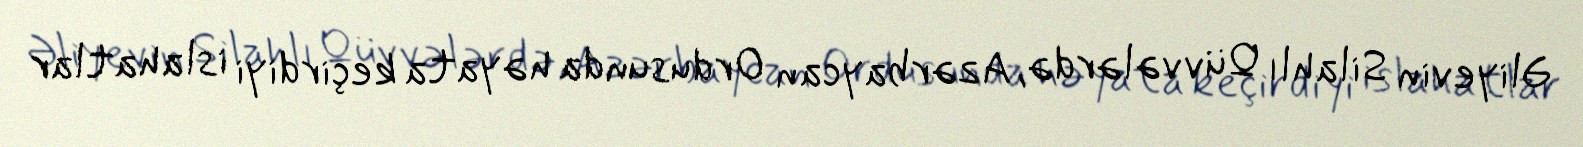
Əliyevin Silahlı Qüvvələrdə, Azərbaycan Ordusunda həyata keçirdiyi islahatlar